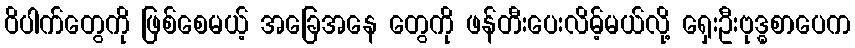
ဝိပါက်တွေကို ဖြစ်စေမယ့် အခြေအနေ တွေကို ဖန်တီးပေးလိမ့်မယ်လို့ ရှေးဦးဗုဒ္ဓစာပေက